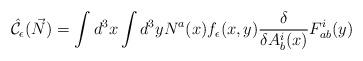
LaTeX: \begin{align*}\hat{\cal C}_{\epsilon}(\vec{N}) = \int d^3 x \int d^3 y N^a(x) f_\epsilon(x,y){\delta \over \delta A_b^i(x)} F_{ab}^i(y)\end{align*}